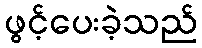
ဖွင့်ပေးခဲ့သည်